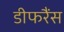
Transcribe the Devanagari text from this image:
डीफरैंस